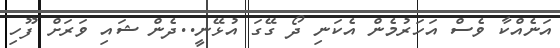
އަނެއްކާ ވެސް އަހަރުމެން އެކަނި ދޯ ގޭގަ އުޅޭނީ..ދެން ޝައި ވަރަށް ފޫހި